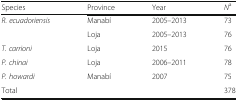
<table><thead><tr><td><b>Species</b></td><td><b>Province</b></td><td><b>Year</b></td><td><b><i>N</i><sup>a</sup></b></td></tr></thead><tbody><tr><td><i>R. ecuadoriensis</i></td><td>Manabí</td><td>2005–2013</td><td>73</td></tr><tr><td></td><td>Loja</td><td>2005–2013</td><td>76</td></tr><tr><td><i>T. carrioni</i></td><td>Loja</td><td>2015</td><td>76</td></tr><tr><td><i>P. chinai</i></td><td>Loja</td><td>2006–2011</td><td>78</td></tr><tr><td><i>P. howardi</i></td><td>Manabí</td><td>2007</td><td>75</td></tr><tr><td>Total</td><td></td><td></td><td>378</td></tr></tbody></table>